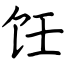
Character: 饪